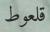
قلعوط